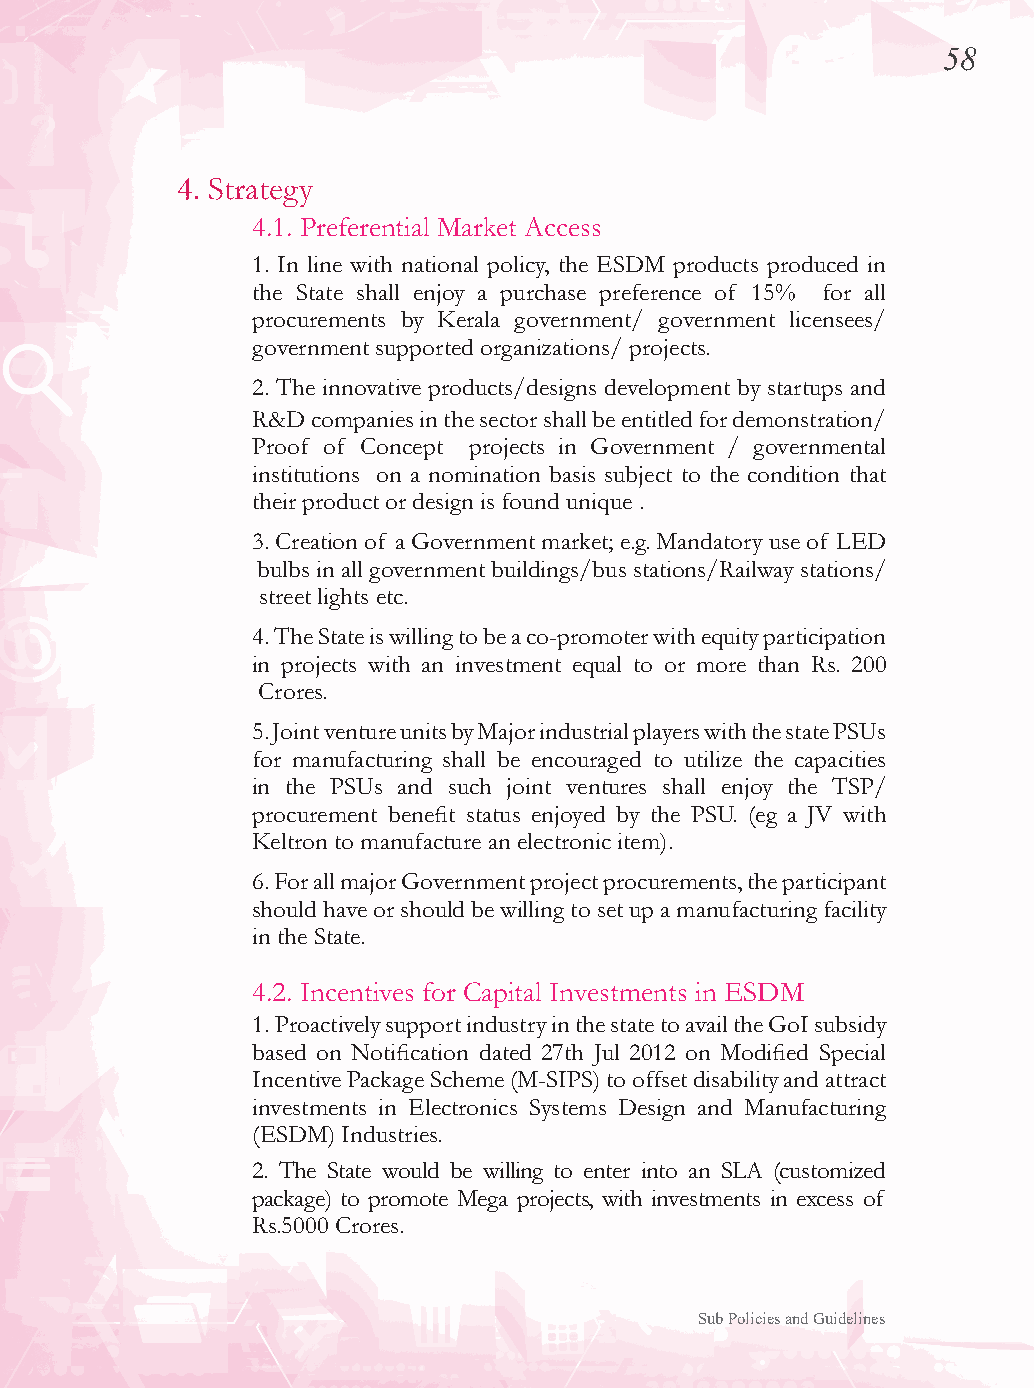
58
 4. Strategy
 4.1. Preferential Market Access
 1. In line with national policy, the ESDM products produced in
 the State shall enjoy a purchase preference of 15% for all
 procurements by Kerala government/ government licensees/
 government supported organizations/ projects.
 2. The innovative products/designs development by startups and
 R&D companies in the sector shall be entitled for demonstration/
 Proof of Concept projects in Government / governmental
 institutions on a nomination basis subject to the condition that
 their product or design is found unique .
 3. Creation of a Government market; e.g. Mandatory use of LED
 bulbs in all government buildings/bus stations/Railway stations/
 street lights etc.
 4. The State is willing to be a co-promoter with equity participation
 in projects with an investment equal to or more than Rs. 200
 Crores.
 5. Joint venture units by Major industrial players with the state PSUs
 for manufacturing shall be encouraged to utilize the capacities
 in the PSUs and such joint ventures shall enjoy the TSP/
 procurement benefit status enjoyed by the PSU. (eg a JV with
 Keltron to manufacture an electronic item).
 6. For all major Government project procurements, the participant
 should have or should be willing to set up a manufacturing facility
 in the State.
 4.2. Incentives for Capital Investments in ESDM
 1. Proactively support industry in the state to avail the GoI subsidy
 based on Notification dated 27th Jul 2012 on Modified Special
 Incentive Package Scheme (M-SIPS) to offset disability and attract
 investments in Electronics Systems Design and Manufacturing
 (ESDM) Industries.
 2. The State would be willing to enter into an SLA (customized
 package) to promote Mega projects, with investments in excess of
 Rs.5000 Crores.
 Sub Policies and Guidelines